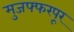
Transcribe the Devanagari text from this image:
मुजफ्फरपूर